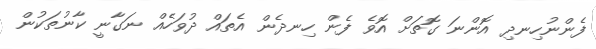
ފެންނުހިނދި އޮންނަ ގޮތަށް އޮވެ ފެން ހިނދެން އެތައް ދުވަހެއް ނަގާނީ ކާނުތަކުން